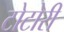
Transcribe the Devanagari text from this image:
टोटोरी